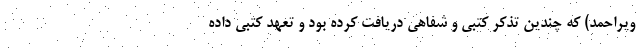
ویراحمد) که چندین تذکر کتبی و شفاهی دریافت کرده بود و تعهد کتبی داده